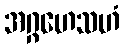
အဂ္ဂဟေသဟံ